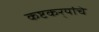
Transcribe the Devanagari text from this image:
कष्टकर्‍यांचे